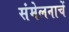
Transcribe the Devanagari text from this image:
संमेलनाचें